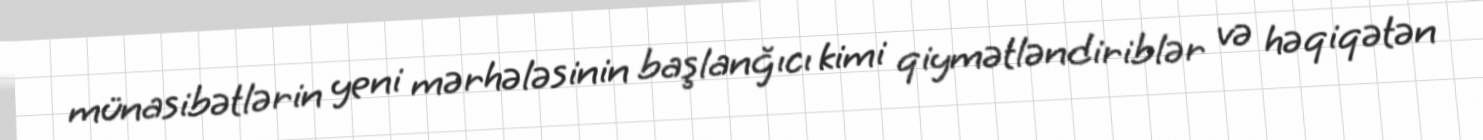
münasibətlərin yeni mərhələsinin başlanğıcı kimi qiymətləndiriblər və həqiqətən